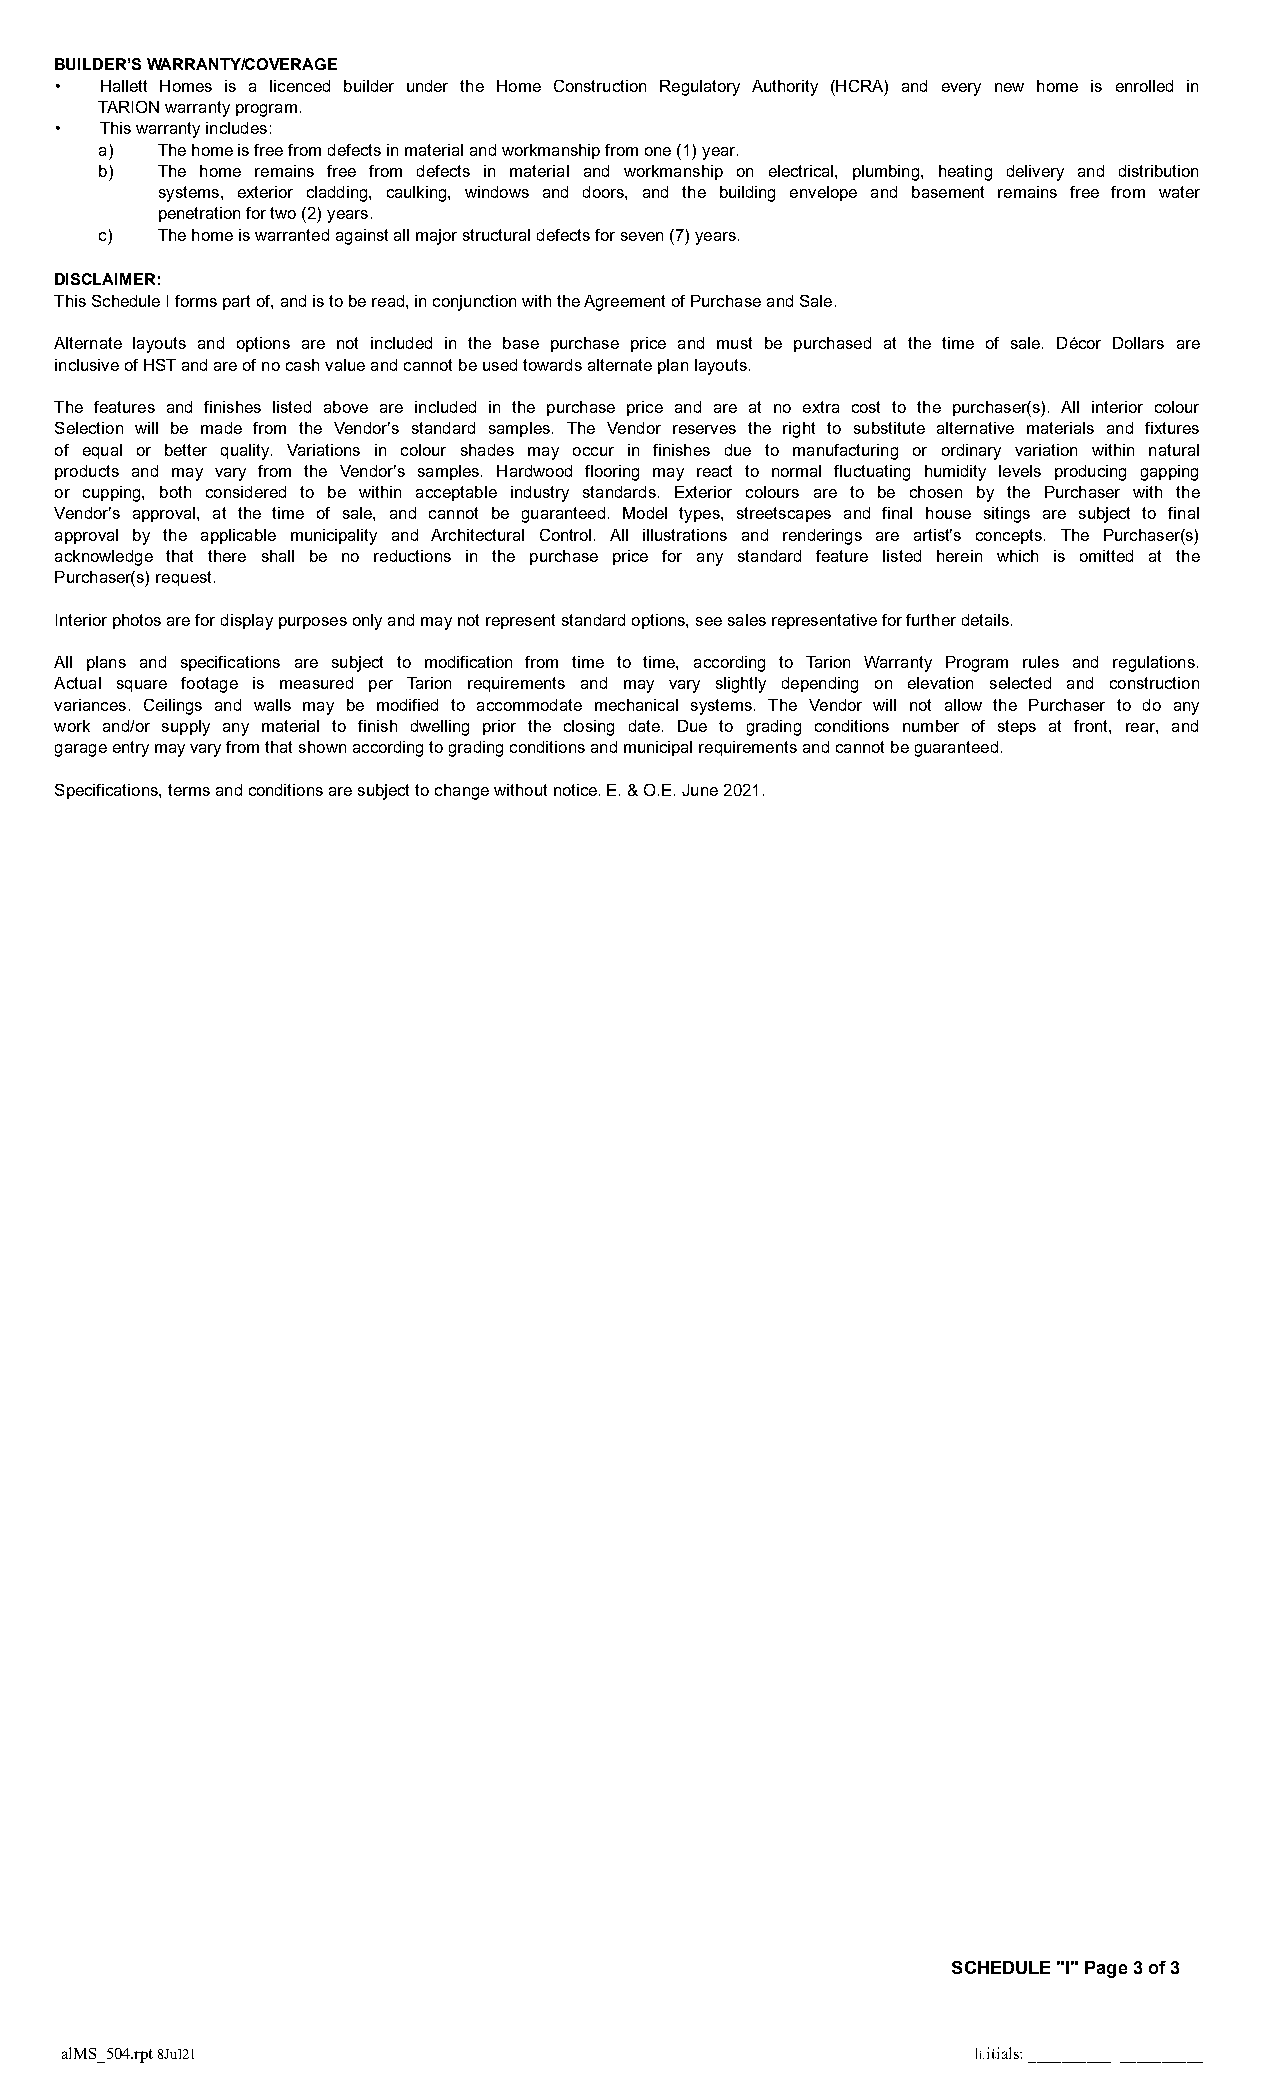
BUILDER’S WARRANTY/COVERAGE
 •  Hallett Homes is a licenced builder under the Home Construction Regulatory Authority (HCRA) and every new home is enrolled in
 TARION warranty program.
 •  This warranty includes:
 a) The home is free from defects in material and workmanship from one (1) year.
 b) The home remains free from defects in material and workmanship on electrical, plumbing, heating delivery and distribution
 systems, exterior cladding, caulking, windows and doors, and the building envelope and basement remains free from water
 penetration for two (2) years.
 c) The home is warranted against all major structural defects for seven (7) years.
 DISCLAIMER:
 This Schedule I forms part of, and is to be read, in conjunction with the Agreement of Purchase and Sale.
 Alternate layouts and options are not included in the base purchase price and must be purchased at the time of sale. Décor Dollars are
 inclusive of HST and are of no cash value and cannot be used towards alternate plan layouts.
 The features and finishes listed above are included in the purchase price and are at no extra cost to the purchaser(s). All interior colour
 Selection will be made from the Vendor’s standard samples. The Vendor reserves the right to substitute alternative materials and fixtures
 of equal or better quality. Variations in colour shades may occur in finishes due to manufacturing or ordinary variation within natural
 products and may vary from the Vendor’s samples. Hardwood flooring may react to normal fluctuating humidity levels producing gapping
 or cupping, both considered to be within acceptable industry standards. Exterior colours are to be chosen by the Purchaser with the
 Vendor’s approval, at the time of sale, and cannot be guaranteed. Model types, streetscapes and final house sitings are subject to final
 approval by the applicable municipality and Architectural Control. All illustrations and renderings are artist’s concepts. The Purchaser(s)
 acknowledge that there shall be no reductions in the purchase price for any standard feature listed herein which is omitted at the
 Purchaser(s) request.
 Interior photos are for display purposes only and may not represent standard options, see sales representative for further details.
 All plans and specifications are subject to modification from time to time, according to Tarion Warranty Program rules and regulations.
 Actual square footage is measured per Tarion requirements and may vary slightly depending on elevation selected and construction
 variances. Ceilings and walls may be modified to accommodate mechanical systems. The Vendor will not allow the Purchaser to do any
 work and/or supply any material to finish dwelling prior the closing date. Due to grading conditions number of steps at front, rear, and
 garage entry may vary from that shown according to grading conditions and municipal requirements and cannot be guaranteed.
 Specifications, terms and conditions are subject to change without notice. E. & O.E. June 2021.
 SCHEDULE "I" Page 3 of 3
 alMS_504.rpt 8Jul21           BSTPurchaserInit4 BSTPurchaserInit3 BSTPurchaserIInniitti2a l s :B _S__T_P__u_r_c_h_a s_e__rI_n_i_t1__ _ _